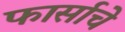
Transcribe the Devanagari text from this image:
फार्साचे